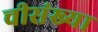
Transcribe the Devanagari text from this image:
चीसंख्या